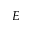
E